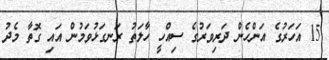
15 އަހަރުގެ އަންހެން ދަރިވަރުގެ ސިއްހީ ހާލަތު ރަނގަޅުވަމުން އައި ގޮތާ މެދު